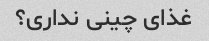
غذای چینی نداری؟